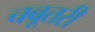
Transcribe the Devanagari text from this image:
चबूतरी